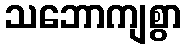
သဘောကျစွာ